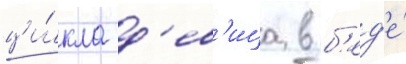
ци́кла д'ев'ица в б'ед'е́